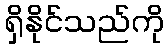
ရှိနိုင်သည်ကို